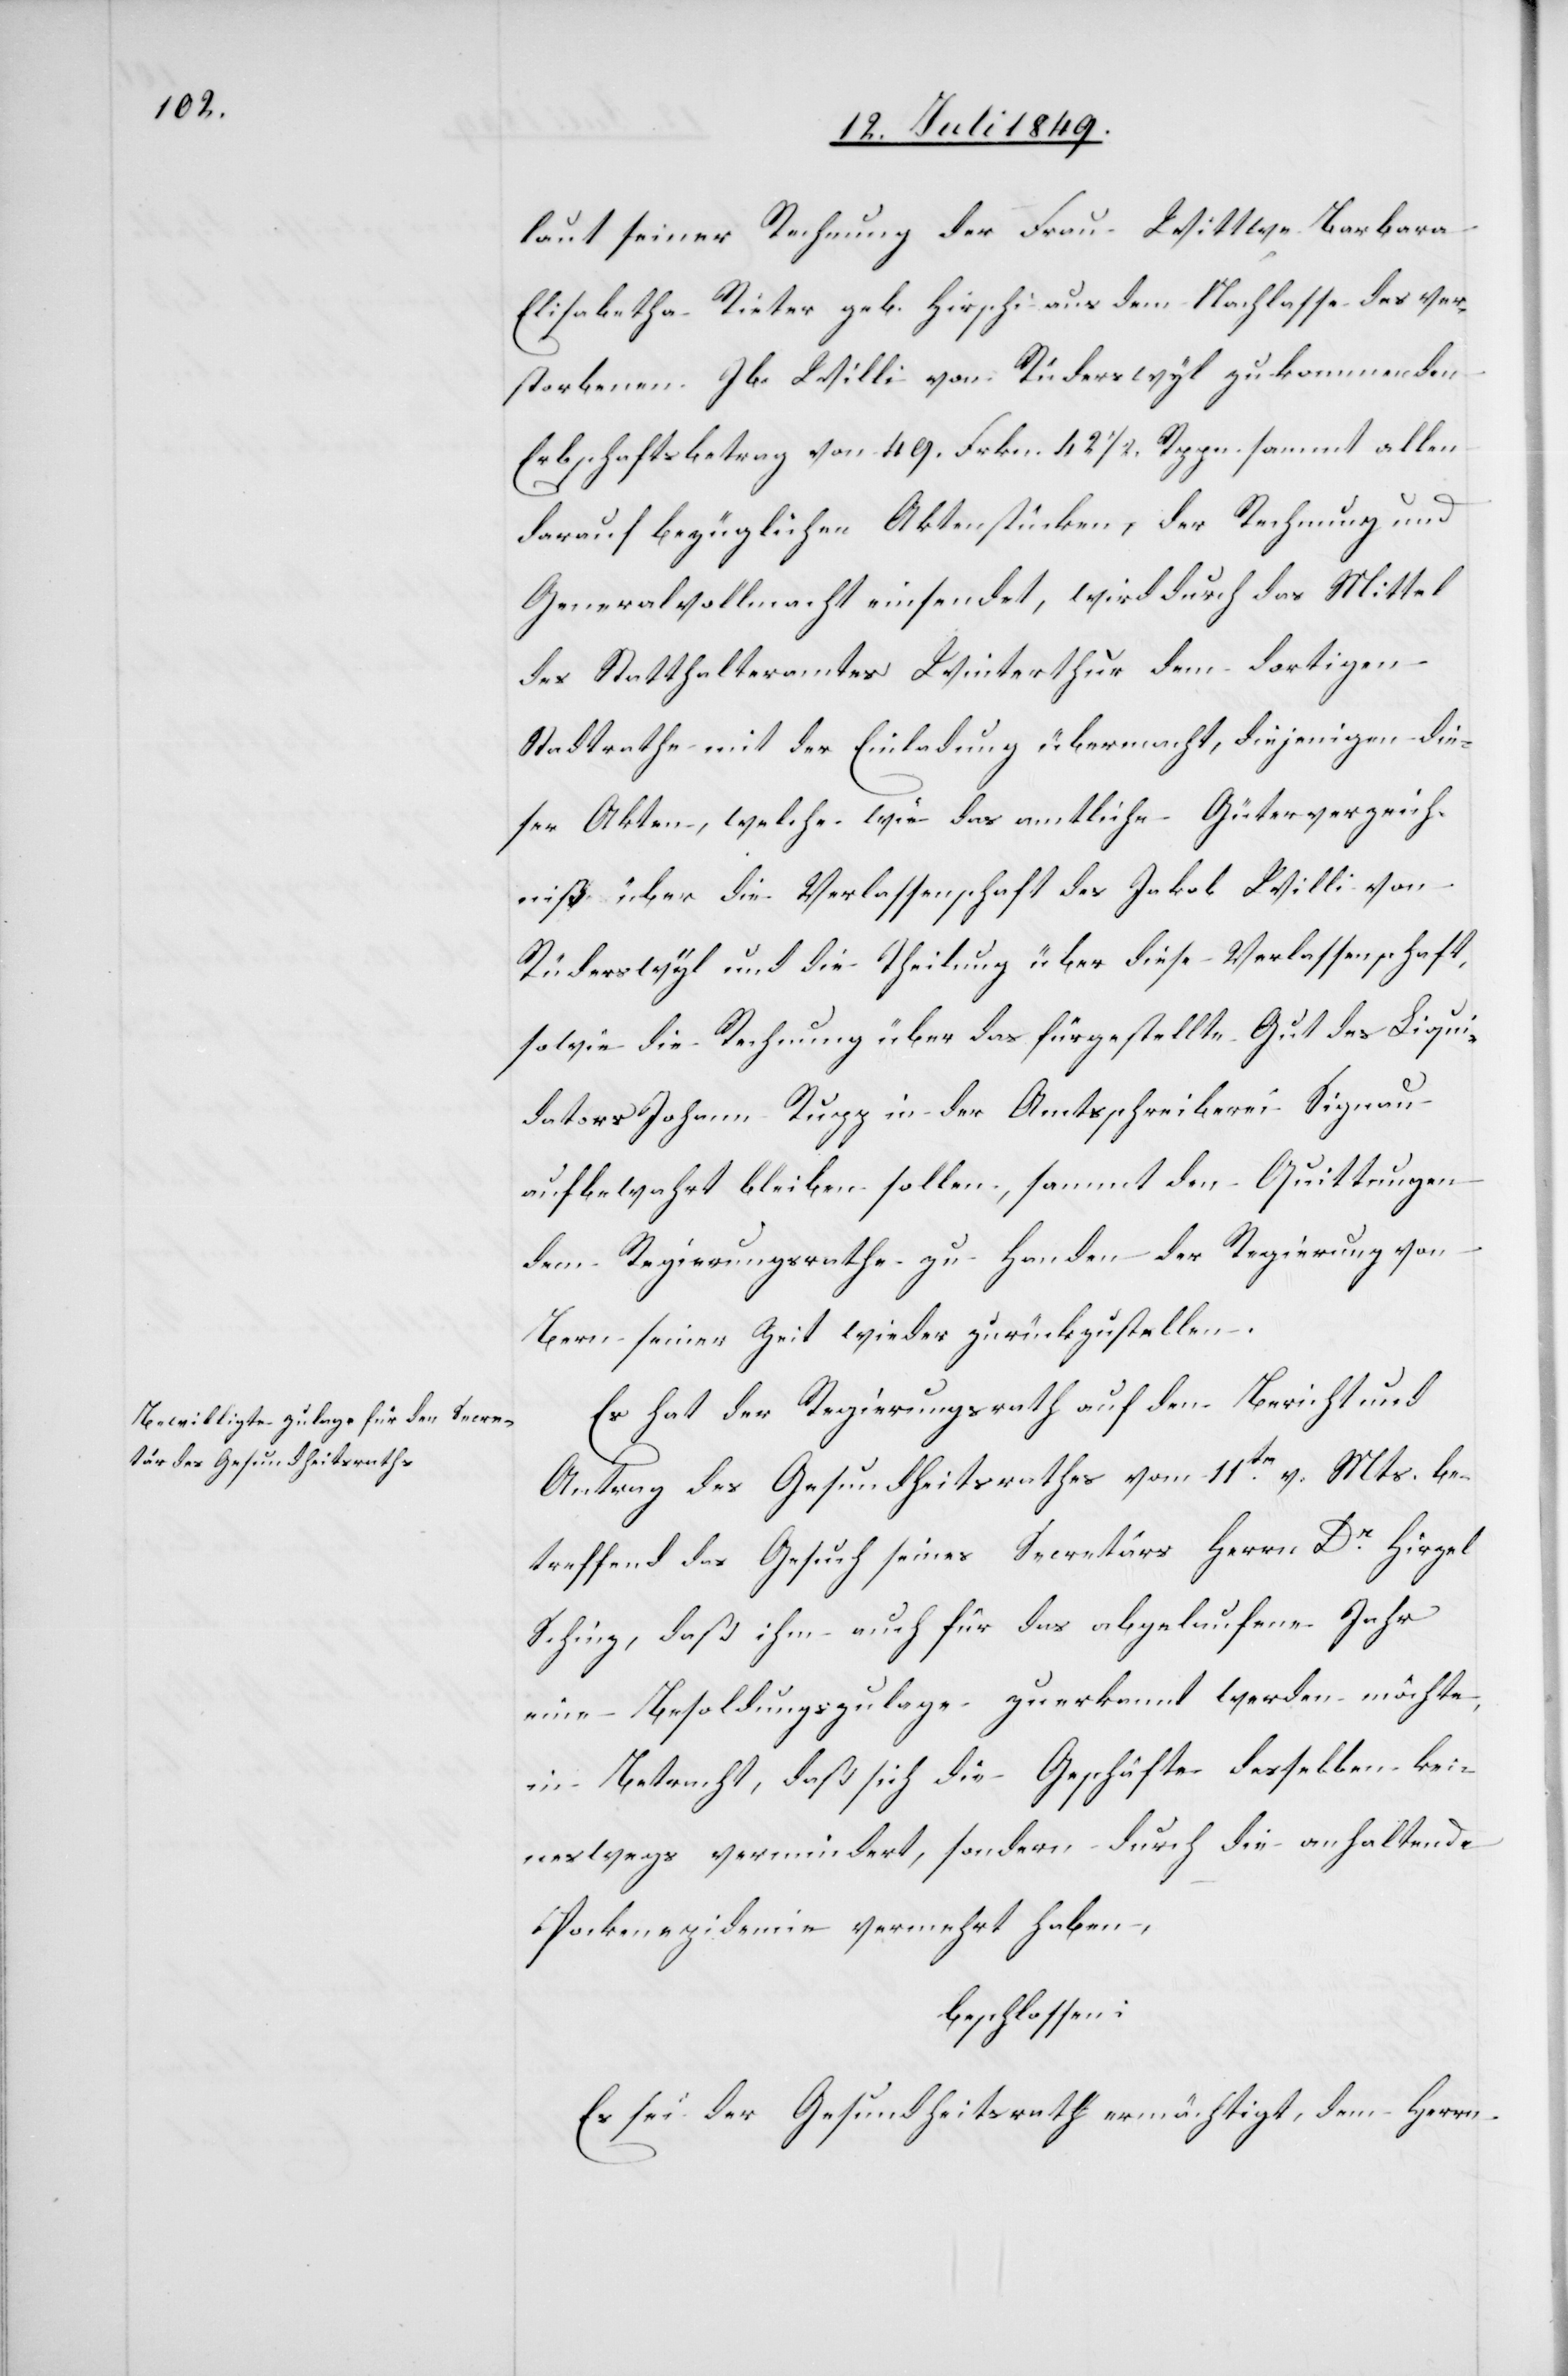
laut seiner Rechnung der Frau Wittwe Barbara
Elisabetha Rieter geb. Hirschi aus dem Nachlasse des ver¬
storbenen Jb. Willi von Rüderswyl zukommenden
Erbschaftsbetrag von 49. Frkn. 421/2. Rppn. sammt allen
darauf bezüglichen Aktenstücken, der Rechnung und
Generalvollmacht einsendet, wird durch das Mittel
des Statthalteramtes Winterthur dem dortigen
Stadtrathe mit der Einladung übermacht, diejenigen die¬
ser Akten, welche wie das amtliche Güterverzeich¬
niß über die Verlassenschaft des Jakob Willi von
Rüderswyl und die Theilung über diese Verlassenschaft,
sowie die Rechnung über das fürgestellte Gut des Liqui¬
dators Johann Rupp in der Amtsschreiberei Signau
aufbewahrt bleiben sollen, sammt den Quittungen
dem Regierungsrathe zu Handen der Regierung von
Bern seiner Zeit wieder zurückzustellen.
Es hat der Regierungsrath auf den Bericht und
Antrag des Gesundheitsrathes vom 11tn v. Mts. be¬
treffend das Gesuch seines Secretärs Herrn Dr Hirzel
Schinz, daß ihm auch für das abgelaufene Jahr
eine Besoldungszulage zuerkannt werden möchte,
in Betracht, daß sich die Geschäfte desselben kei¬
neswegs vermindert, sondern durch die anhaltende
Pockenepidemie vermehrt haben,
beschlossen:
Es sei der Gesundheitsrathe ermächtigt, dem Herrn